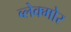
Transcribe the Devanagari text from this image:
ब्लेक्मोर